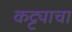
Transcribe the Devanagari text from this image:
कट्ट्याचा